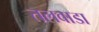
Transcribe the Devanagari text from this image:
तलवाडा